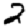
Digit: 2